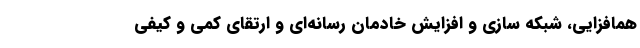
همافزایی، شبکه سازی و افزایش خادمان رسانه‌ای و ارتقای کمی و کیفی